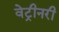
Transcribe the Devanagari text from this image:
वेट्रीनरी